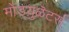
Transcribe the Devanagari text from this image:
मोड्य़ुळॆटर्स